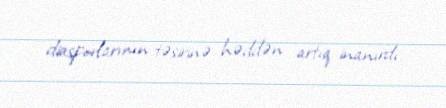
diasporlarının təsirinə həddən artıq inanırdı.